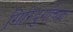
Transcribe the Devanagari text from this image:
गिरिदुर्गांच्या